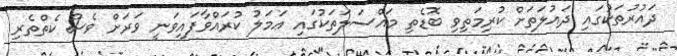
ދައުރުތަކުގައި ދައުލަތަށް ކުރިމަތިވި ބޮޑެތި މައްސަލަތަކުގައި ޢަމަލު ކުރައްވާފައިވަނީ ވަރަށް ވެސް ކެތްތެރި